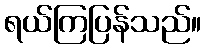
ရယ်ကြပြန်သည်။